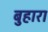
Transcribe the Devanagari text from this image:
बुहारा